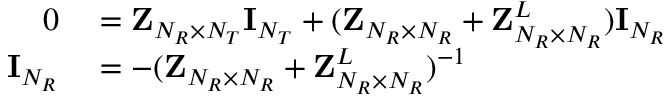
\begin{array} { r l } { 0 } & { { } = { \bf { Z } } _ { N _ { R } \times N _ { T } } { \bf { I } } _ { N _ { T } } + ( { \bf { Z } } _ { N _ { R } \times N _ { R } } + { \bf { Z } } _ { N _ { R } \times N _ { R } } ^ { L } ) { \bf { I } } _ { N _ { R } } } \\ { { \bf { I } } _ { N _ { R } } } & { { } = - ( { \bf { Z } } _ { N _ { R } \times N _ { R } } + { \bf { Z } } _ { N _ { R } \times N _ { R } } ^ { L } ) ^ { - 1 } } \end{array}